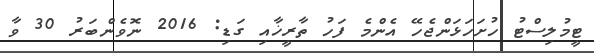
ޓީމުލިސްޓު ހުށަހަޅަންޖެހޭ އެންމެ ފަހު ތާރީޚާއި ގަޑި: 2016 ނޮވެންބަރު 30 ވާ